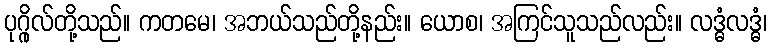
ပုဂ္ဂိုလ်တို့သည်။ ကတမေ၊ အဘယ်သည်တို့နည်း။ ယောစ၊ အကြင်သူသည်လည်း။ လဒ္ဓံလဒ္ဓံ၊